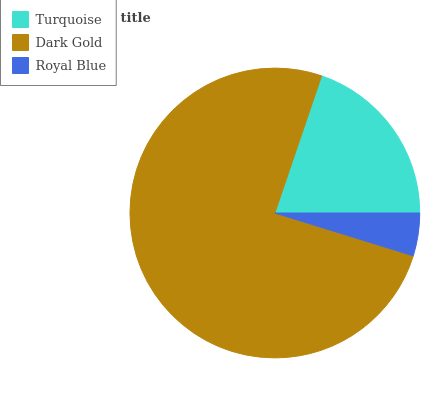
| Turquoise | Dark Gold | Royal Blue |
 | --- | --- | --- |
 | 19.7% | 75.5% | 4.78% |